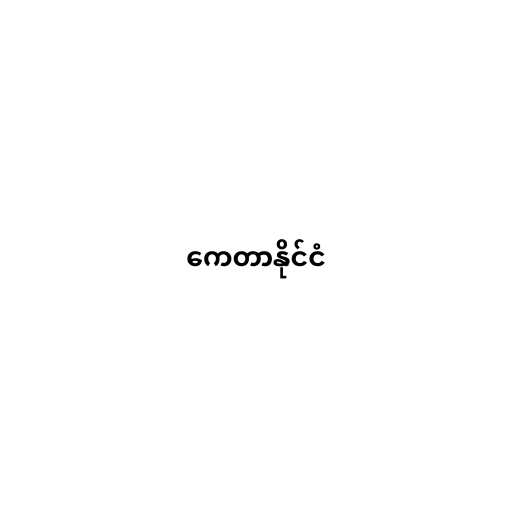
ကေတာနိုင်ငံ